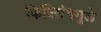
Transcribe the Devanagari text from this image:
फिक्सिंगमुळे